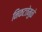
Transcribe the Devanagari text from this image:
निकटतेमुळे